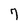
Character: 7